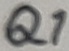
Text: Q1